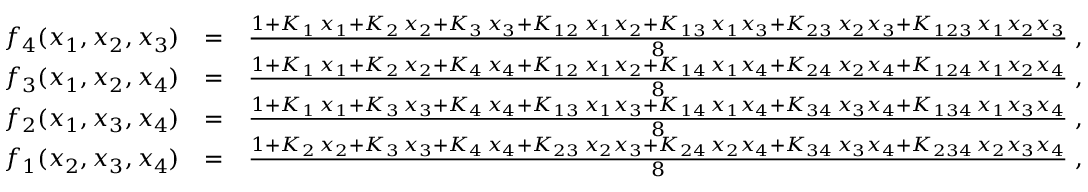
\begin{array} { r l r } { f _ { 4 } ( x _ { 1 } , x _ { 2 } , x _ { 3 } ) } & { = } & { \frac { 1 + K _ { 1 } \, x _ { 1 } + K _ { 2 } \, x _ { 2 } + K _ { 3 } \, x _ { 3 } + K _ { 1 2 } \, x _ { 1 } x _ { 2 } + K _ { 1 3 } \, x _ { 1 } x _ { 3 } + K _ { 2 3 } \, x _ { 2 } x _ { 3 } + K _ { 1 2 3 } \, x _ { 1 } x _ { 2 } x _ { 3 } } { 8 } \; , } \\ { f _ { 3 } ( x _ { 1 } , x _ { 2 } , x _ { 4 } ) } & { = } & { \frac { 1 + K _ { 1 } \, x _ { 1 } + K _ { 2 } \, x _ { 2 } + K _ { 4 } \, x _ { 4 } + K _ { 1 2 } \, x _ { 1 } x _ { 2 } + K _ { 1 4 } \, x _ { 1 } x _ { 4 } + K _ { 2 4 } \, x _ { 2 } x _ { 4 } + K _ { 1 2 4 } \, x _ { 1 } x _ { 2 } x _ { 4 } } { 8 } \; , } \\ { f _ { 2 } ( x _ { 1 } , x _ { 3 } , x _ { 4 } ) } & { = } & { \frac { 1 + K _ { 1 } \, x _ { 1 } + K _ { 3 } \, x _ { 3 } + K _ { 4 } \, x _ { 4 } + K _ { 1 3 } \, x _ { 1 } x _ { 3 } + K _ { 1 4 } \, x _ { 1 } x _ { 4 } + K _ { 3 4 } \, x _ { 3 } x _ { 4 } + K _ { 1 3 4 } \, x _ { 1 } x _ { 3 } x _ { 4 } } { 8 } \; , } \\ { f _ { 1 } ( x _ { 2 } , x _ { 3 } , x _ { 4 } ) } & { = } & { \frac { 1 + K _ { 2 } \, x _ { 2 } + K _ { 3 } \, x _ { 3 } + K _ { 4 } \, x _ { 4 } + K _ { 2 3 } \, x _ { 2 } x _ { 3 } + K _ { 2 4 } \, x _ { 2 } x _ { 4 } + K _ { 3 4 } \, x _ { 3 } x _ { 4 } + K _ { 2 3 4 } \, x _ { 2 } x _ { 3 } x _ { 4 } } { 8 } \; , } \end{array}